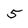
Character: 5